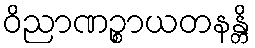
ဝိညာဏဉ္စာယတနန္တိ